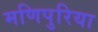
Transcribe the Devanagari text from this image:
मणिपुरिया